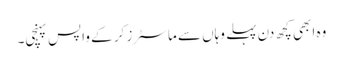
وہ ابھی کچھ دن پہلے وہاں سے ماسٹرز کر کے واپس پہنچی۔